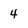
Character: 4